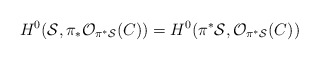
\begin{align*}H^{0} ({\cal S},\pi_{*}{\cal O}_{\pi^*{\cal S}}(C))=H^{0} (\pi^{*}{\cal S}, {\cal O}_{\pi^{*}{\cal S}}(C))\end{align*}